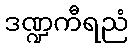
ဒဏ္ဍကီရညံ